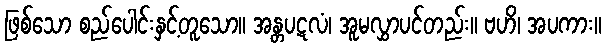
ဖြစ်သော စည်ပေါင်းနှင့်တူသော။ အန္တပဋလံ၊ အူမလွှာပင်တည်း။ ဗဟိ၊ အပကား။